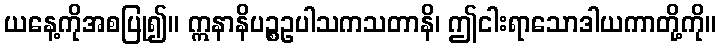
ယနေ့ကိုအစပြု၍။ ဣနာနိပဉ္စဥပါသကသတာနိ၊ ဤငါးရာသောဒါယကာတို့ကို။